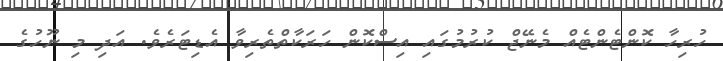
ހުރިހާ ކޮންޓެންޓެއް މެނޭޖް ކުރުމުގައި އިސްކޮން ހަރަކާތްތެރިވާ އެޑިޓަރެވެ. އަދި މި ނޫހުގެ